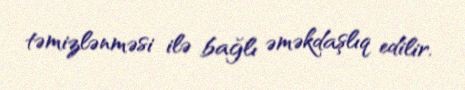
təmizlənməsi ilə bağlı əməkdaşlıq edilir.